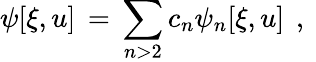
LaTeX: \psi[\xi,u]\, =\, \sum_{n>2}c_{n}\psi_{n}[\xi,u]\, \ ,\